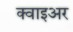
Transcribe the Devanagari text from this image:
क्वाइअर